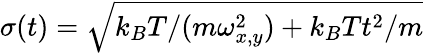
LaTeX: \sigma(t)=\sqrt{k_{B}T/(m\omega_{x,y}^{2})+k_{B}Tt^{2}/m}